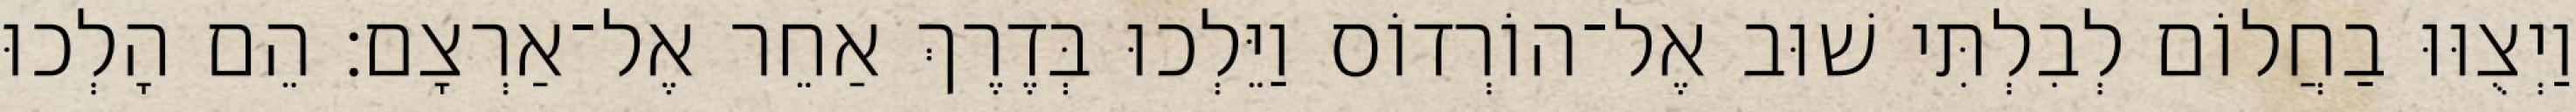
וַיְצֻוּוּ בַחֲלוֹם לְבִלְתִּי שׁוּב אֶל־הוֹרְדוֹס וַיֵּלְכוּ בְּדֶרֶךְ אַחֵר אֶל־אַרְצָם׃ הֵם הָלְכוּ